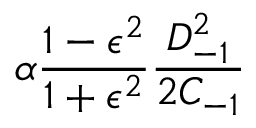
\alpha \frac { 1 - \epsilon ^ { 2 } } { 1 + \epsilon ^ { 2 } } \frac { D _ { - 1 } ^ { 2 } } { 2 C _ { - 1 } }